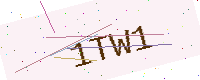
Text: 1TW1